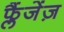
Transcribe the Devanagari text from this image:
फ्लैंजेंज़